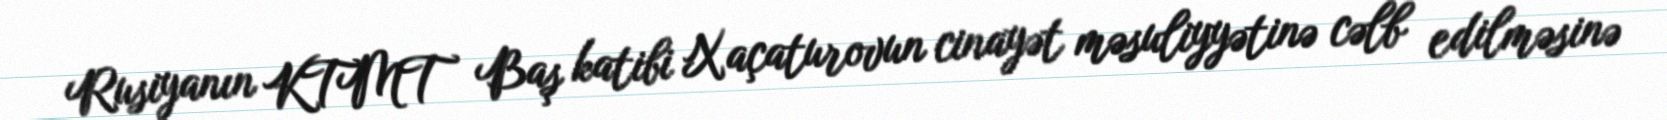
Rusiyanın KTMT Baş katibi Xaçaturovun cinayət məsuliyyətinə cəlb edilməsinə